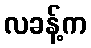
လခန့်က